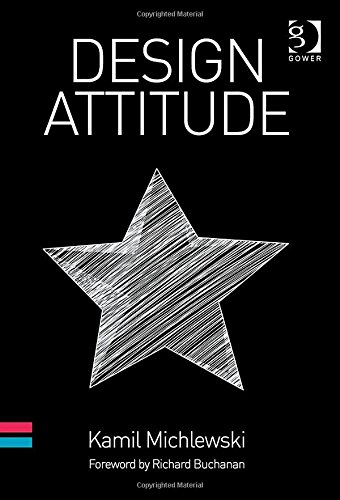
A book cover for Design Attitude; Kamil Michlewski; Business & Money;